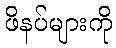
ဖိနပ်များကို